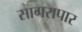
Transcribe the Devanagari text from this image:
सागरापार